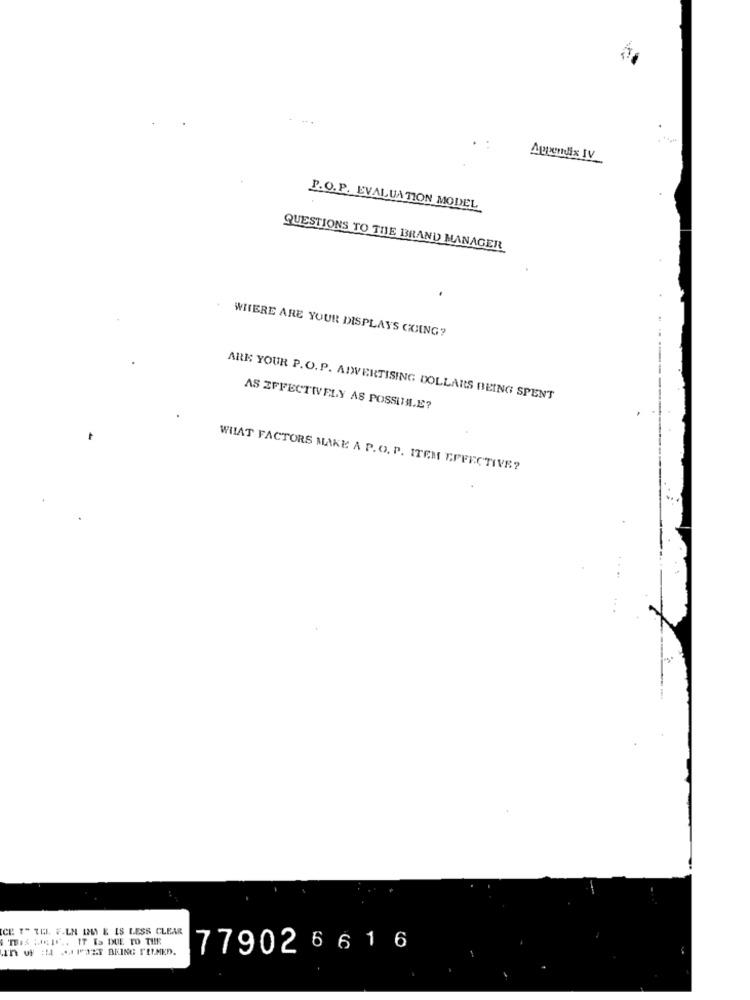
.:
Appendix IV
P.O. P. EVALUATION MODEL
QUESTIONS TO THE BRAND MANAGER
WHERE ARE YOUR DISPLAYS GOING?
ARE YOUR P.O. P. ADVERTISING DOLLARS BEING SPENT
AS EFFECTIVELY AS POSSIMAL.E?
WHAT FACTORS MAKE A P. O. P. ITEM EFFECTIVE?
ICE T" LUI. F.LN IMA E IS LESS CLEAR
THIS ;JE I ... IT Ea DUE TO THE
779026 6 1 6